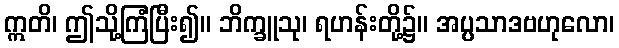
ဣတိ၊ ဤသို့ကြံပြီး၍။ ဘိက္ခူသု၊ ရဟန်းတို့၌။ အပ္ပသာဒဗဟုလော၊